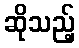
ဆိုသည့်